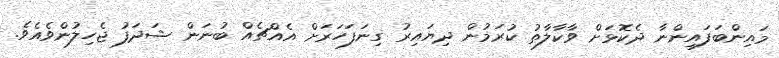
މައިންބަފައިންނާ ދެކޮޅަށް ވާކާލާތު ކުރަމުން ދިޔައިރު ގިނަފަހަރަށް އެއްޗެއް ބުނަން ޝަދަފު ޖެހިލުންވެއެވެ.